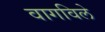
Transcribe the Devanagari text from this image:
वागविले